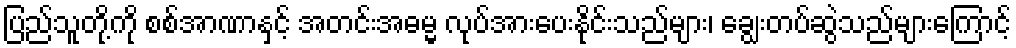
ပြည်သူတို့ကို စစ်အာဏာနှင့် အတင်းအဓမ္မ လုပ်အားပေးနိုင်းသည်များ၊ ချွေးတပ်ဆွဲသည်များကြောင့်